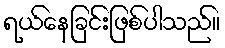
ရယ်နေခြင်းဖြစ်ပါသည်။